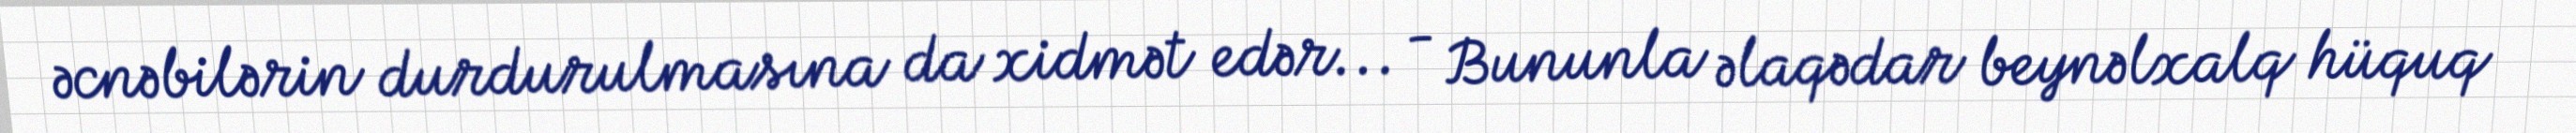
əcnəbilərin durdurulmasına da xidmət edər... - Bununla əlaqədar beynəlxalq hüquq